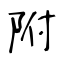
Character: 附